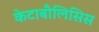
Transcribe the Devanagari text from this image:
केटाबौलिसिस